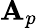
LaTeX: \mathbf{A}_{p}